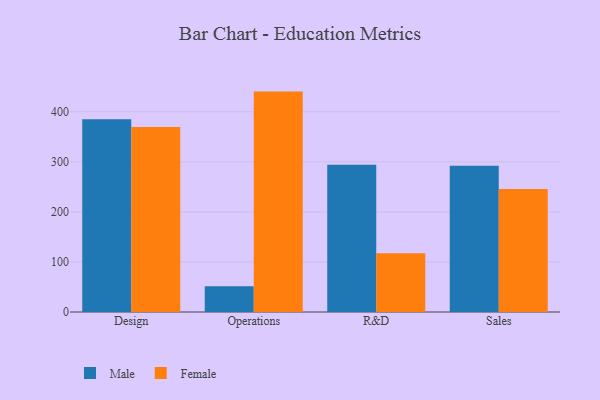
{"axis": {"x": "Department", "y": "Customer Acquisition Cost (USD)"}, "legend": ["Female", "Male"], "data": [{"x": "Design", "y": 384.8, "type": "Male"}, {"x": "Design", "y": 369.6, "type": "Female"}, {"x": "Operations", "y": 51.5, "type": "Male"}, {"x": "Operations", "y": 440.2, "type": "Female"}, {"x": "R&D", "y": 294.0, "type": "Male"}, {"x": "R&D", "y": 117.5, "type": "Female"}, {"x": "Sales", "y": 291.9, "type": "Male"}, {"x": "Sales", "y": 245.6, "type": "Female"}]}